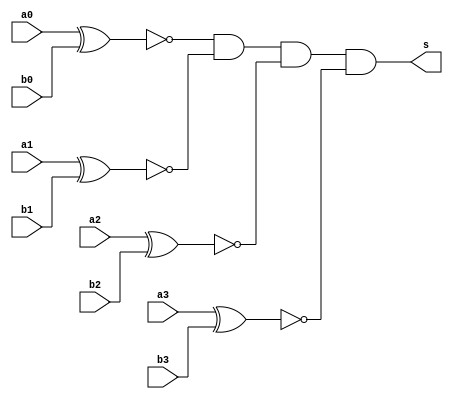
// ------------------------- 
// Exemplo_0803 - IGUALDADE 
// Nome: Larissa Domingues Gomes 
// -------------------------

// -------------------------
//  comparador para igualdade
// ------------------------- 

module igualdade (output s, input a0, a1, a2, a3, b0, b1, b2, b3);
    
    wire s0, s1, s2, s3;
    
    xnor XNOR0(s0, a0, b0);
    xnor XNOR1(s1, a1, b1);
    xnor XNOR2(s2, a2, b2);
    xnor XNOR3(s3, a3, b3);
    
    assign s = s0 & s1 & s2 & s3;
 
endmodule


module test_igualdade; 
// ------------------------- definir dados       
    reg  [3:0] a;       
    reg  [3:0] b;              
    wire resp; 
    integer i, j;
 
   igualdade I1(resp, a[0], a[1], a[2], a[3], b[0], b[1], b[2], b[3]); 
 
// ------------------------- parte principal  
    initial begin        
        
      
      $display("Exemplo0803 - Larissa Domingues Gomes - 650525");     
      $display("Test LUs igualdade"); 
      
      $display("a    = b    resp");
      
      $monitor("%b  %b  %b",a, b, resp);
      
    

    for ( i = 0; i < 16; i = i + 1) begin
    for ( j = 0; j < 16; j = j + 1) begin
        #1 a=i; b=j;
    end
    end
   
    end 
 
endmodule // test_igualdade